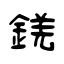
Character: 錓